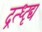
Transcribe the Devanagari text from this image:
द्रत्ध्दृद्य